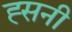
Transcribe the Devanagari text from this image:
ह्सनी